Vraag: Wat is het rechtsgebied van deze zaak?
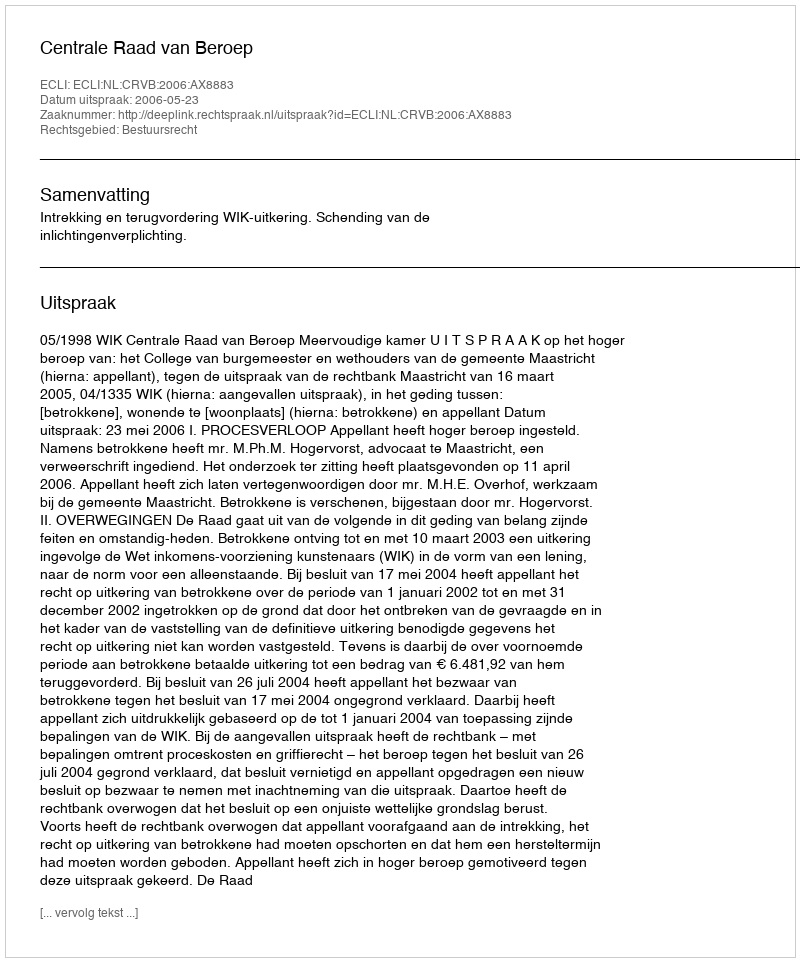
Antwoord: Bestuursrecht